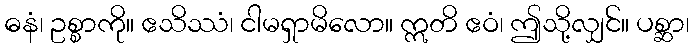
ဓနံ၊ ဥစ္စာကို။ ဧသိဿံ၊ ငါမရှာမိလော။ ဣတိ ဧဝံ၊ ဤသို့လျှင်။ ပစ္ဆာ၊